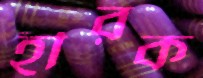
হীরক